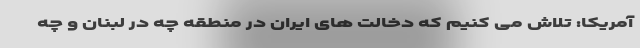
آمریکا: تلاش می کنیم که دخالت های ایران در منطقه چه در لبنان و چه